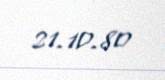
21.10.80